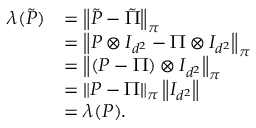
\begin{array} { r l } { \lambda ( \tilde { P } ) } & { = \left\lVert \tilde { P } - \tilde { \Pi } \right\rVert _ { \boldsymbol \pi } } \\ & { = \left\lVert P \otimes I _ { d ^ { 2 } } - \Pi \otimes I _ { d ^ { 2 } } \right\rVert _ { \boldsymbol \pi } } \\ & { = \left\lVert ( P - \Pi ) \otimes I _ { d ^ { 2 } } \right\rVert _ { \boldsymbol \pi } } \\ & { = \left\lVert P - \Pi \right\rVert _ { \boldsymbol \pi } \left\lVert I _ { d ^ { 2 } } \right\rVert } \\ & { = \lambda ( P ) . } \end{array}